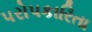
પરોપકારિતા